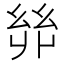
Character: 𢇇